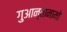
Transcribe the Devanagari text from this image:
गुआन्तानामो